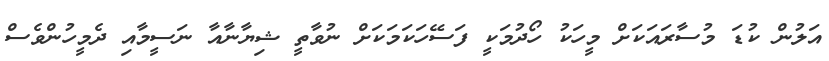
އަލުން ކުޑަ މުސާރައަކަށް މީހަކު ހޯދުމަކީ ފަސޭހަކަމަކަށް ނުވާތީ ޝިޔާނާއާ ނަސީމާއި ދެމީހުންވެސް